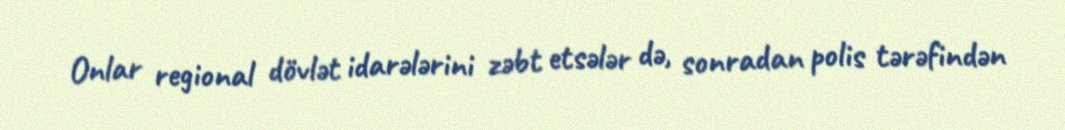
Onlar regional dövlət idarələrini zəbt etsələr də, sonradan polis tərəfindən